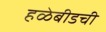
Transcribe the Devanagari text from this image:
हळेबीडची